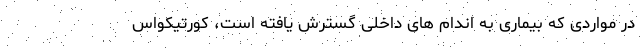
در مواردی که بیماری به اندام های داخلی گسترش یافته است، کورتیکواس